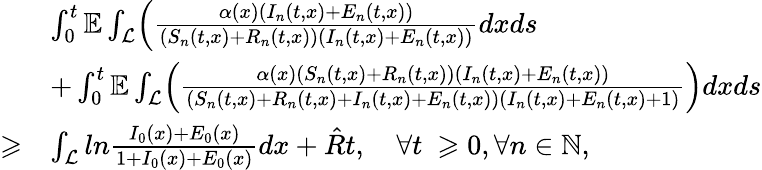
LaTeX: \begin{array}{rl}&{\int_{0}^{t}\mathbb{E}\int_{\mathcal{L}}\Bigl(\frac{\alpha(x)(I_{n}(t,x)+E_{n}(t,x))}{(S_{n}(t,x)+R_{n}(t,x))(I_{n}(t,x)+E_{n}(t,x))}dxds}\\ &{+\int_{0}^{t}\mathbb{E}\int_{\mathcal{L}}\Bigl(\frac{\alpha(x)(S_{n}(t,x)+R_{n}(t,x))(I_{n}(t,x)+E_{n}(t,x))}{(S_{n}(t,x)+R_{n}(t,x)+I_{n}(t,x)+E_{n}(t,x))(I_{n}(t,x)+E_{n}(t,x)+1)}\Bigr)dxds}\\ {\geqslant}&{\int_{\mathcal{L}}ln\frac{I_{0}(x)+E_{0}(x)}{1+I_{0}(x)+E_{0}(x)}dx+\hat{R}t,\quad\forall t\ \geqslant 0,\forall n\in\mathbb{N},}\end{array}